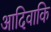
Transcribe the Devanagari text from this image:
आदिवाकि